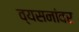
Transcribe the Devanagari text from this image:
व्यसनांवर